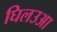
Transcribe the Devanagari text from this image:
घिलउआ